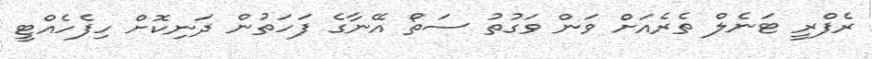
ރެފްރީ ޓަނެލް ތެރެއަށް ވަން ވަގުތު ސަތޯ އޭނާގެ ފަހަތުން ދަނިކޮށް ހިފެހެއްޓީ